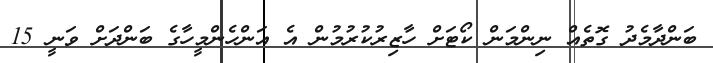
ބަންދާމެދު ގޮތެއް ނިންމަން ކޯޓަށް ހާޒިރުކުރުމުން އެ އަންހެންމީހާގެ ބަންދަށް ވަނީ 15